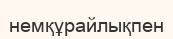
немқұрайлықпен